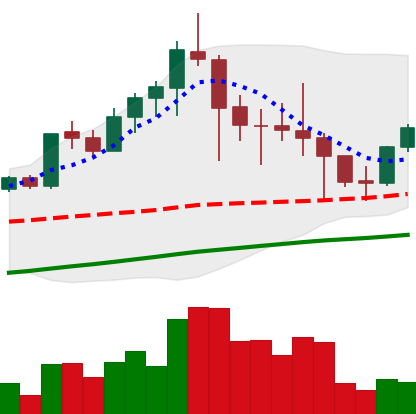
Ticker: LTC-USD
Chart end date: 2021-04-27
Forward return: 3.64%
Label: up_3_5